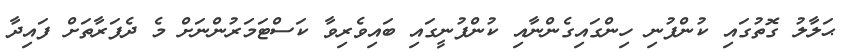
ޙަލާލު ގޮތުގައި ކުންފުނި ހިންގައިގެންނާއި ކުންފުނީގައި ބައިވެރިވާ ކަސްޓަމަރުންނަށް މެ ދެފަރާތަށް ފައިދާ